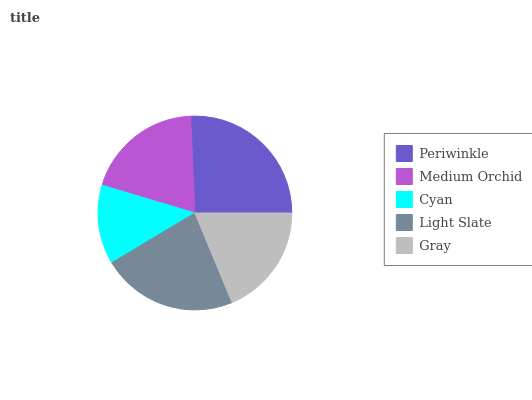
| Periwinkle | Medium Orchid | Cyan | Light Slate | Gray |
 | --- | --- | --- | --- | --- |
 | 25.6% | 19.7% | 13.2% | 22.7% | 18.8% |